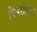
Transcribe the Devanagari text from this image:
चिपरफिल्ड